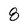
Character: 8